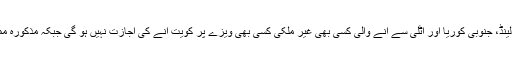
کویتی محکمہ شہری ہوا بازی نے کہا ہے کہ ’عراق، تھائی لینڈ، جنوبی کوریا اور اٹلی سے آنے والی کسی بھی غیر ملکی کسی بھی ویزے پر کویت آنے کی اجازت نہیں ہو گی جبکہ مذکورہ ممالک سے آنے والے شہریوں کو قرنطینہ میں رکھا جائے گا۔